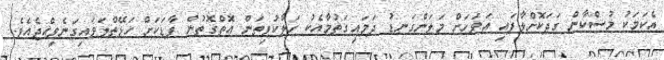
އެކަމަކު މުސްކާން ގަދަކޮށްލާފައި އަވަހަށް މަލަންގަނޑު ދަމައިގަތުމާއެކު ހަލާކުވިތަން އޮތްގޮތުން ފާޑަކަށް ހަޅޭތްލަވައިގަނެވިއްޖެއެވެ.